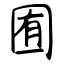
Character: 囿